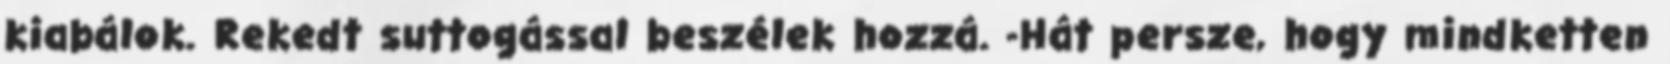
kiabálok. Rekedt suttogással beszélek hozzá. -Hát persze, hogy mindketten